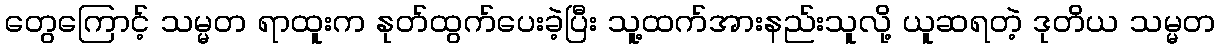
တွေကြောင့် သမ္မတ ရာထူးက နုတ်ထွက်ပေးခဲ့ပြီး သူ့ထက်အားနည်းသူလို့ ယူဆရတဲ့ ဒုတိယ သမ္မတ